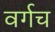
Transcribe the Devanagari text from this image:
वर्गच